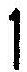
1